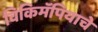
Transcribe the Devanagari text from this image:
विकिमॅपियाचे